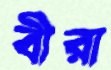
বীরা